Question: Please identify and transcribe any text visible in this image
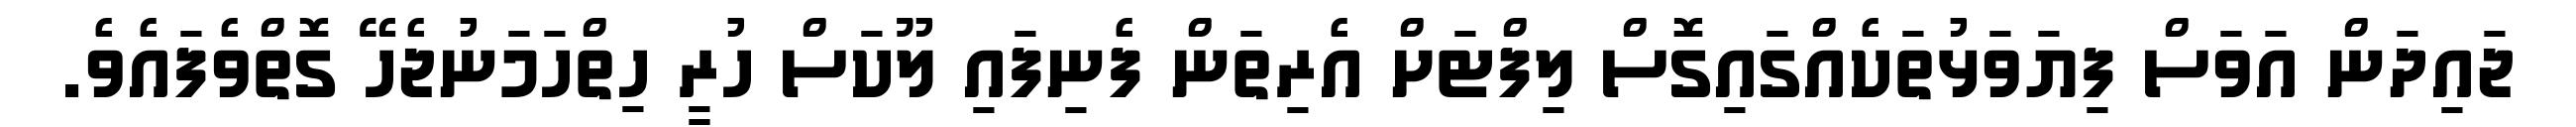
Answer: ޖައިދަން އަވަސް ފިޔަވަޅުތަކެއްގައިގޮސް ލިފްޓަށް އެރިތަން ފެނިފައި ލޫކަސް ހުރީ ހިތްހަމަނުޖެހޭ ގޮތްވެފައެވެ.